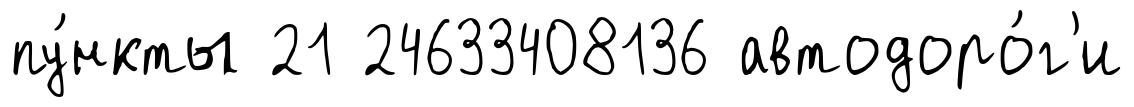
пу́нкты 21 24633408136 автодоро́г'и